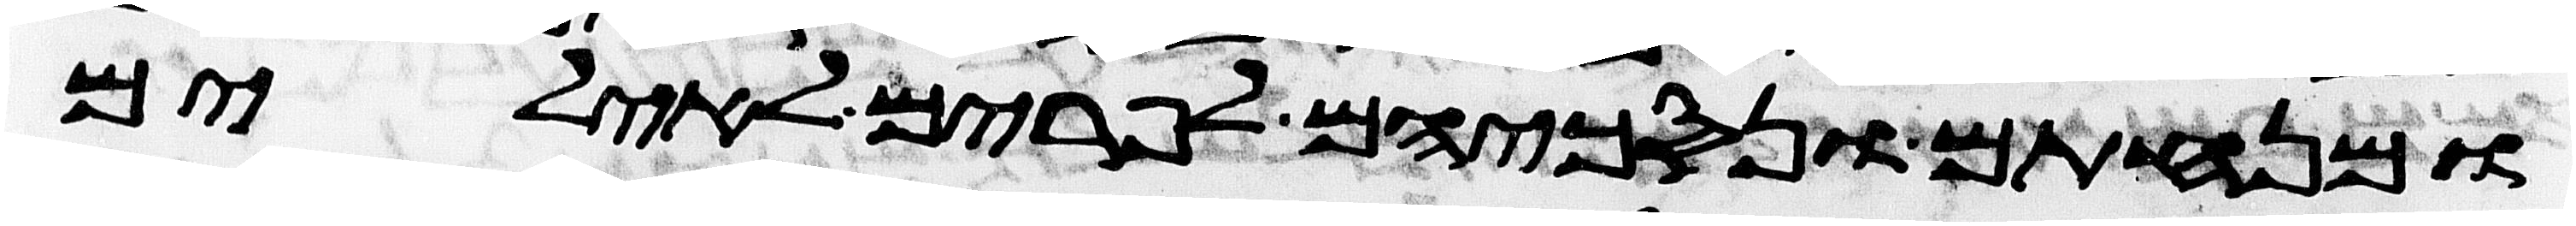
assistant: ומנחתם ונסכיהם לפרים לאילים